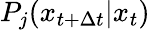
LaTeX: P_{j}(x_{t+\Delta t}|x_{t})